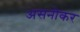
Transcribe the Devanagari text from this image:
असनोकर